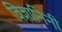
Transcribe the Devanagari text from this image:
विज्ञानिनी